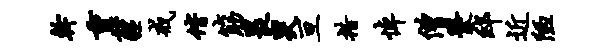
干重霾戒偕筋畏哭亘措悼僧爨邸近陋